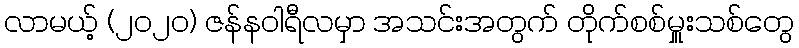
လာမယ့် (၂၀၂၀) ဇန်နဝါရီလမှာ အသင်းအတွက် တိုက်စစ်မှူးသစ်တွေ